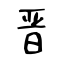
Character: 晋